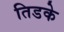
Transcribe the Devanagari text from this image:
तिडके